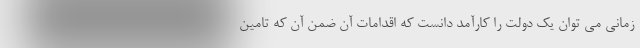
زمانی می توان یک دولت را کارآمد دانست که اقدامات آن ضمن آن که تامین